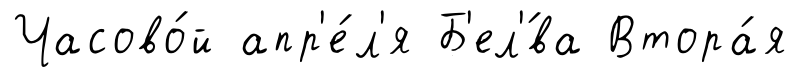
Часово́й апр'е́л'я Б'ел'́ва Втора́я